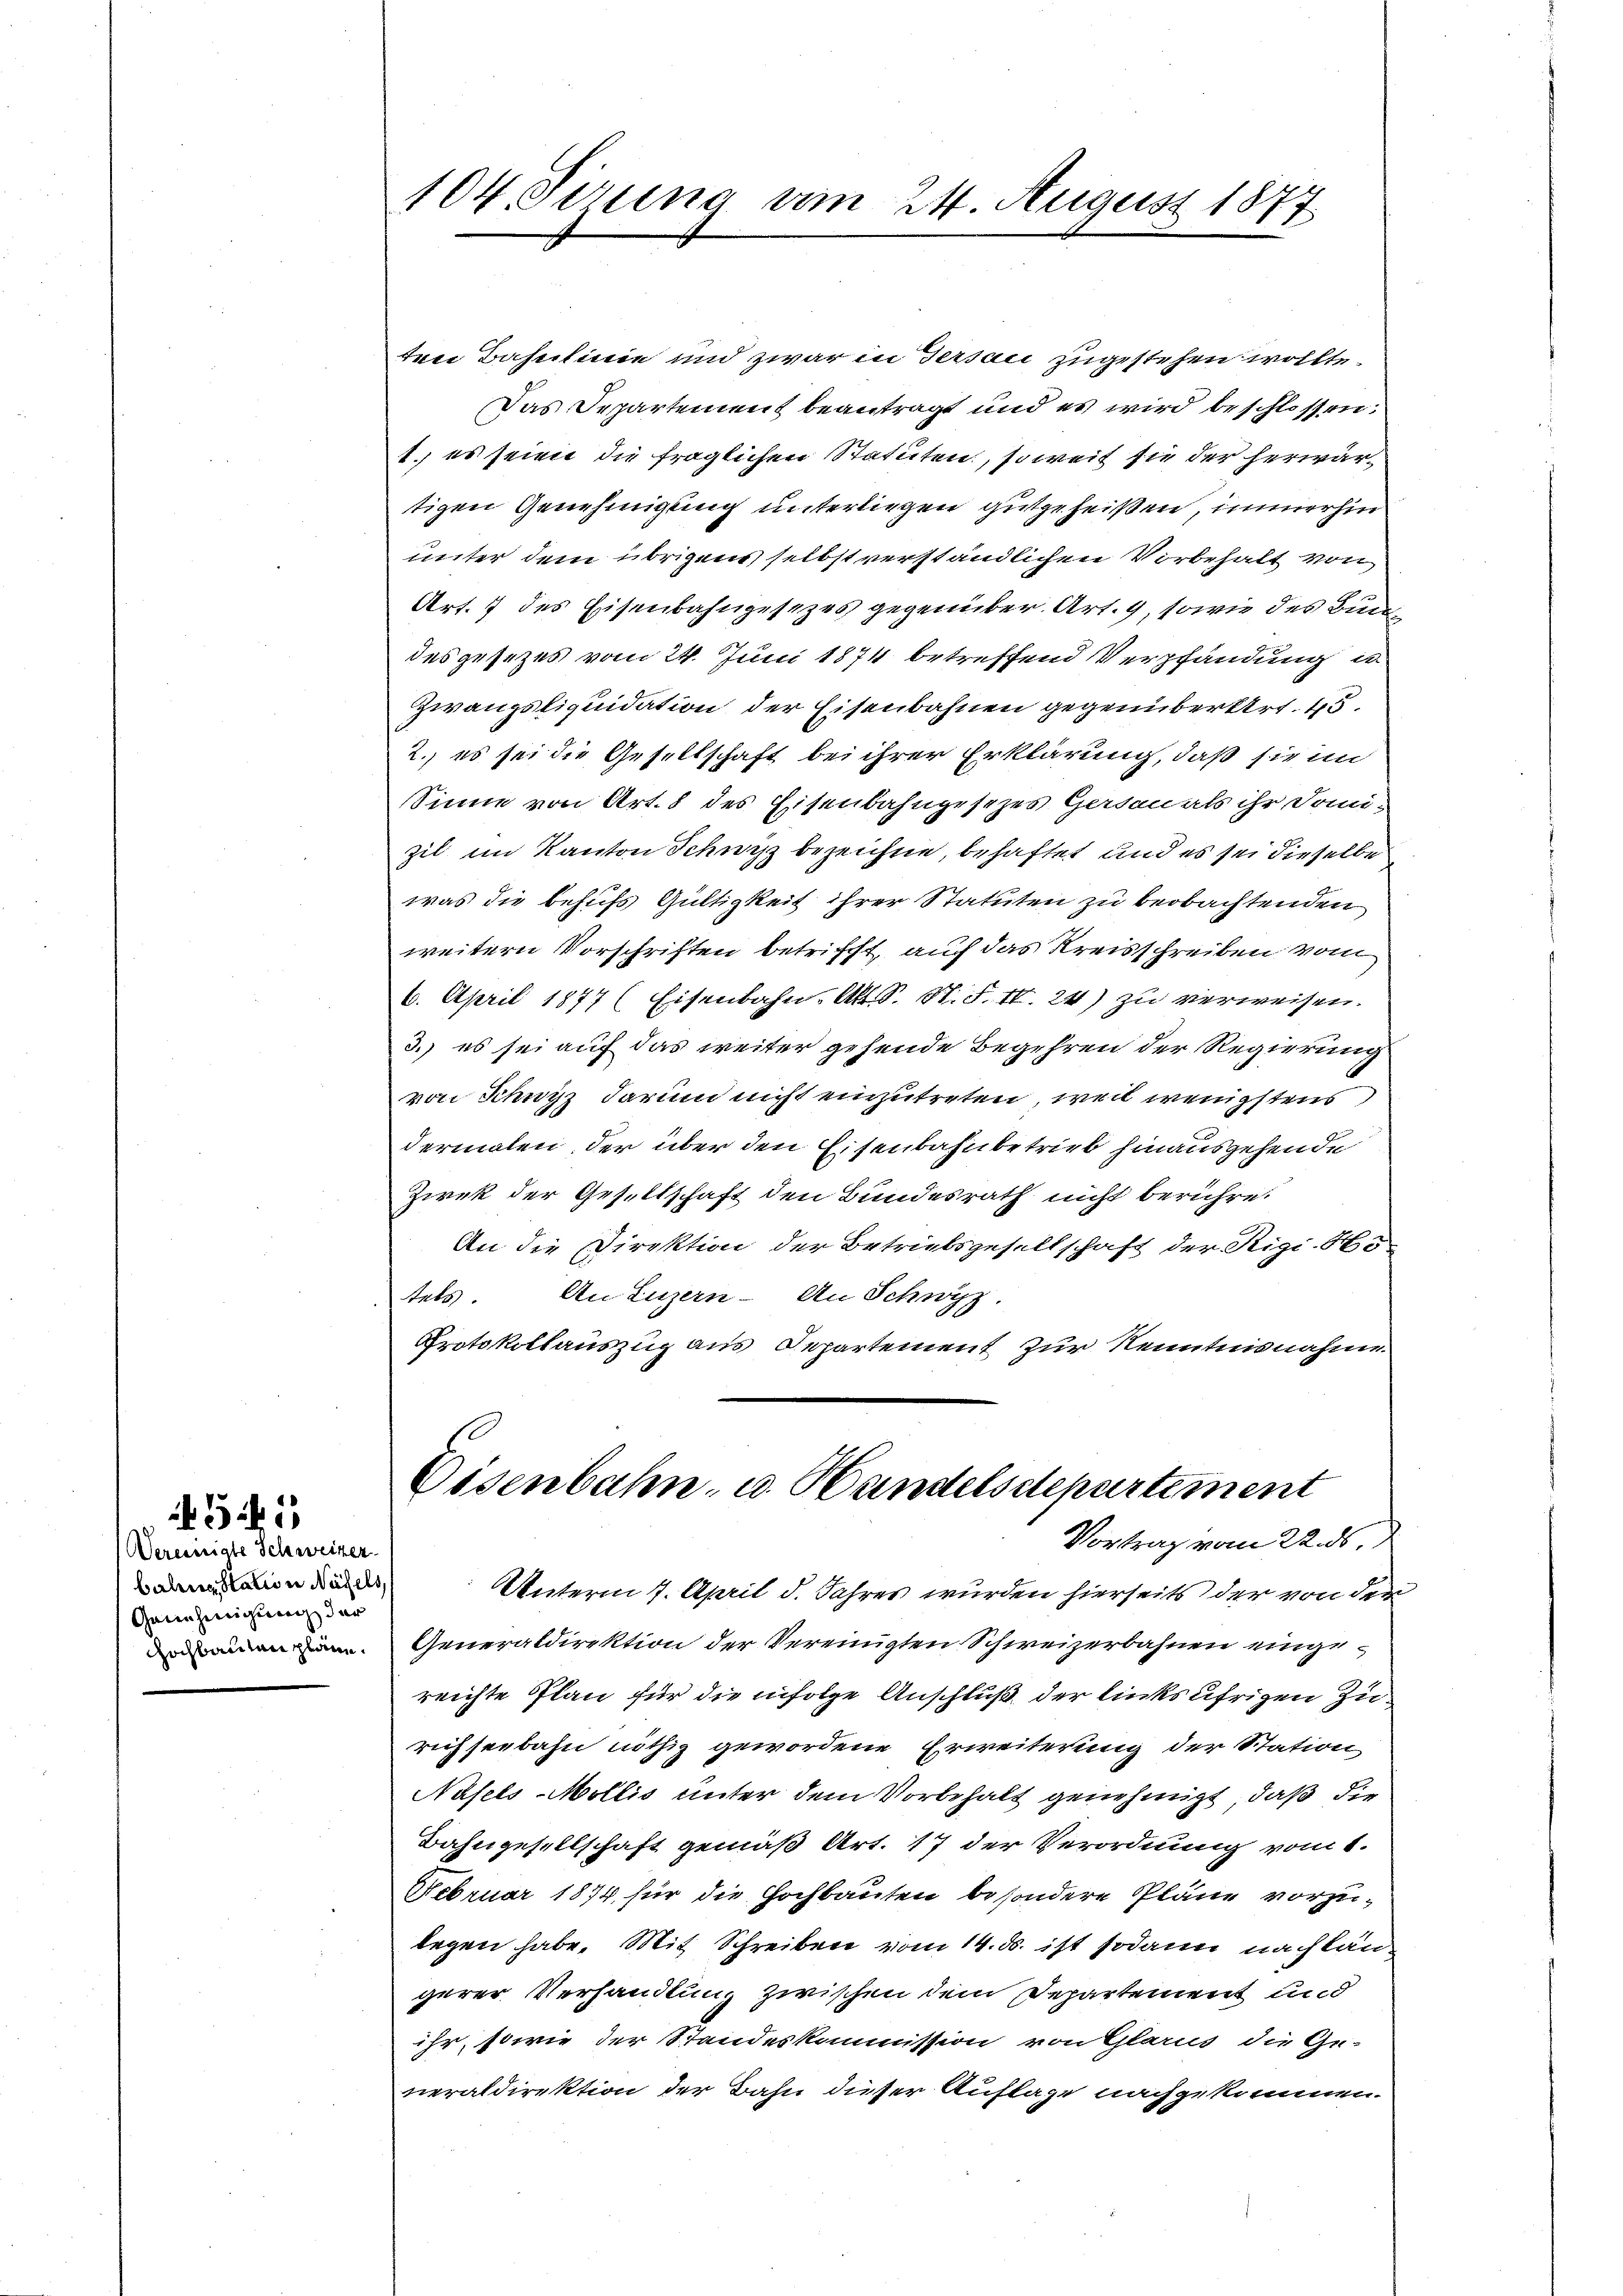
Vereinigte Schweizer.
balena Station Näfels,
Genehmigung der
Hochbauten plane.

4545

104. Perina vom 24. August 1877

ten Bahnlinie und zwar in Tersau zugestehen wollte.
Das Departement beantragt und es wird beschlossen:
1. es seien die fraglichen Statuten, soweit sie der herwärtigen Genehmigung unterliegen gutgeheißen, immerhin
unter dem übrigens selbst verständlichen Vorbehalt von
Art. 7 des Eisenbahngesezes gegenüber Art. 9, sowie des Bundesgesezes vom 24. Juni 1874 betreffend Verpfändung un
Zwangsliquidation der Eisenbahnen gegenüber Art. 45.
2., es sei die Gesellschaft bei ihrer Erklärung, daß sie in
Sinne von Art. 8 des Eisenbahngesezes Gerden als ihr Somizil im Kanton Schwyz bezeichne, behaftet und es sei dieselbe
was die behufs Gültigkeit ihrer Statuten zu beobachtenden
weitern Vorschriften betrifft, auf das Kreisschreiben vom
6. April 1877 (Eisenbahn, Abt. S. N. S. 10. 24) zu verweisen.
3.) es sei auf das weiter gehende Begehren der Regierung
von Schwyz darum nicht einzutreten, weil wenigstens,
dermalen, der über den Eisenbahnbetrieb hinausgehende
Ziek der Gesellschaft den Bundesrath nicht berühre.
An die Direktion der Betriebsgesellschaft der Rigi. So
tels. An Luzern - An Schwyz.
Protokollauszug aus Departement zur Kenntnisnahme

Eisenbahn, u. Handelsdepartement
Vortrag vom 22. ds

Unterm 7. April d. Jahres wurden hierseits der von den
Generaldirektion der Vereinigten Schweizerbahnen eingereichte Plan für die infolge Anschluß der linksufrigen Zurichseebahn nöthig gewordene Erweiterung der Station
Nasels Mollis unter dem Vorbehalt genehmigt, daß die
Bahngesellschaft gemäß Art. 17 der Verordnung vom 1.
Februar 1874, für die Hochbauten besondere Pläne vorzulegen habe. Mit Schreiben vom 14. ds. ist sodann nachlängerer Verhandlung zwischen dem Departement und
ihr, sowie der Standeskommission von Glarus die Ge-
neraldirektion der Bahn dieser Auflage nachgekommen.